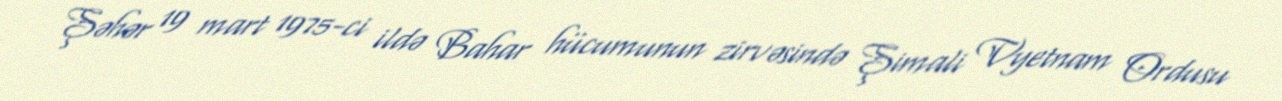
Şəhər 19 mart 1975-ci ildə Bahar hücumunun zirvəsində Şimali Vyetnam Ordusu